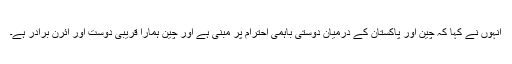
انہوں نے کہا کہ چین اور پاکستان کے درمیان دوستی باہمی احترام پر مبنی ہے اور چین ہمارا قریبی دوست اور آئرن برادر ہے۔